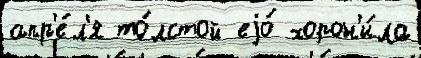
апр'е́л'я то́лстой еjо́ хорон'и́ла